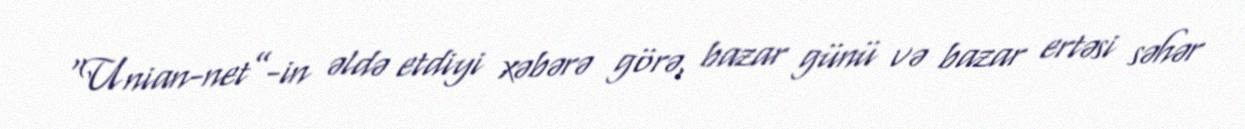
“Unian-net”-in əldə etdiyi xəbərə görə, bazar günü və bazar ertəsi səhər